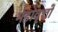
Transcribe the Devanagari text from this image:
महावृत्तों